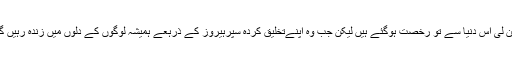
سٹین لی اس دنیا سے تو رخصت ہوگئے ہیں لیکن جب وہ اپنےتخلیق کردہ سپرہیروز کے ذرہعے ہمیشہ لوگوں کے دلوں میں زندہ رہیں گے۔